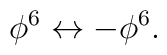
\phi^6\leftrightarrow -\phi^6.